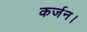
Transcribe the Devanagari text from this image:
कर्जन।